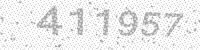
Solution: 411957